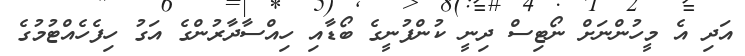
އަދި އެ މީހުންނަށް ނޯޓިސް ދިނީ ކުންފުނީގެ ބޯޑާއި ހިއްސާދާރުންގެ އަގު ހިފެހެއްޓުމުގެ